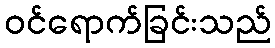
ဝင်ရောက်ခြင်းသည်